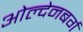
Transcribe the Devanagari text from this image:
ओल्देनबर्ग